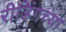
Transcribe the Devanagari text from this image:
रीडिंगच्या